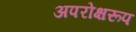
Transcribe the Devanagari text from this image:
अपरोक्षरूप